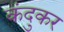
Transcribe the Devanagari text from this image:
कंदुकर